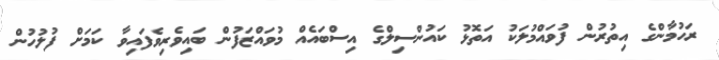
ރަހުމާންގެ އިތުރުން ފުވައްމުލަކު އަތޮޅު ކައުންސިލްގެ އިސްބައެއް މުވައްޒަފުން ބައިވެރިވެފައިވާ ކަމަށް ފުލުހުން